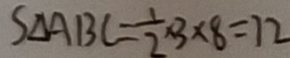
S _ { \Delta } A B C = \frac { 1 } { 2 } \times 3 \times 8 = 7 2